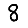
Digit: 8